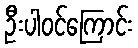
ဦးပါဝင်ကြောင်း